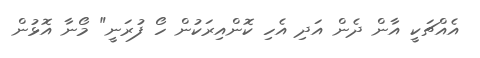
އެއްޗަކީ އާން ދެން އަދި އެހި ކޮންއިރަކުން ހޯ ފުރަނީ" މޯނާ އޮޅުން